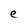
Character: e